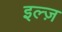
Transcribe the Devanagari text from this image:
इल्ज़